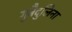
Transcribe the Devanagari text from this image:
गुबैदुलिना